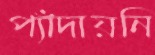
প্যাঁদায়নি